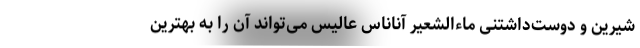
شیرین و دوست‌داشتنی ماءالشعیر آناناس عالیس می‌تواند آن را به بهترین